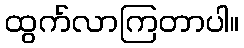
ထွက်လာကြတာပါ။